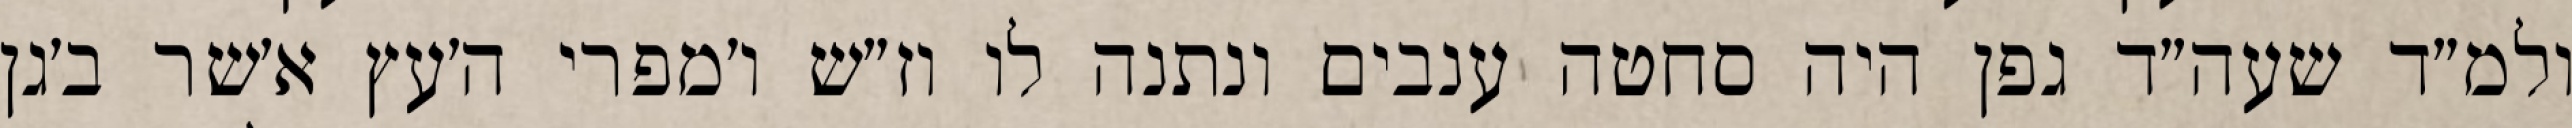
ולמ״ד שעה״ד גפן היה סחטה ענבים ונתנה לו וז״ש ו׳מפרי ה׳עץ א׳שר ב׳גן